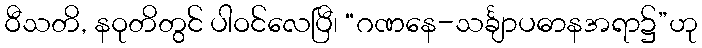
ဝီသတိ, နဝုတိတွင် ပါဝင်လေပြီ၊ “ဂဏနေ-သင်္ချာပဓာနအရာ၌”ဟု